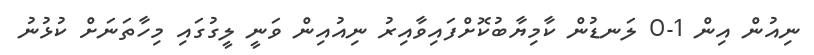
ނިއުން އިން 1-0 ލަނޑުން ކާމިޔާބުކޮށްފައިވާއިރު ނިއުއިން ވަނީ ލީގުގައި މިހާތަނަށް ކުޅުނު